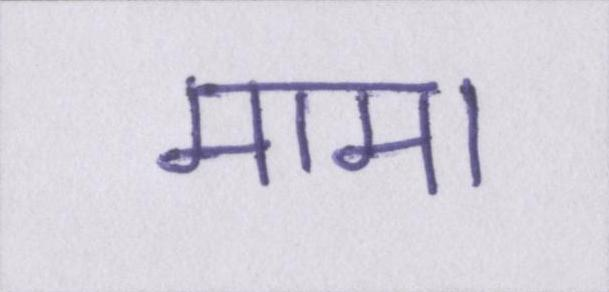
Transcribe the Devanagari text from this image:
मामा